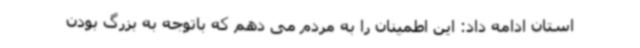
استان ادامه داد: این اطمینان را به مردم می دهم که باتوجه به بزرگ بودن